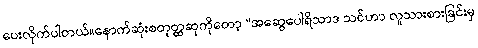
ပေးလိုက်ပါတယ်။နောက်ဆုံးစတုတ္ထဆုကိုတော့ “အဆွေပေါရိသာဒ သင်ဟာ လူသားစားခြင်းမှ